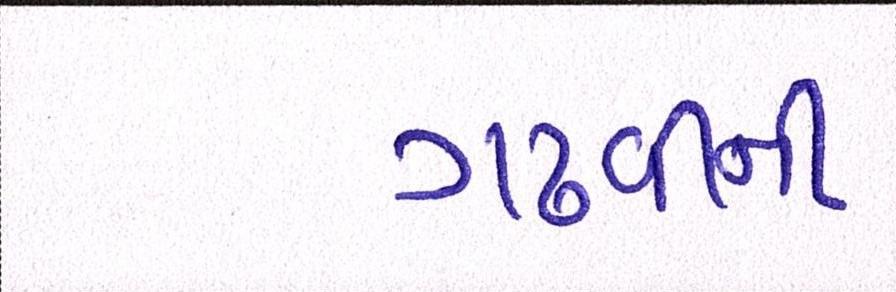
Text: ગઢવીની